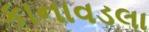
કાનાવડલા